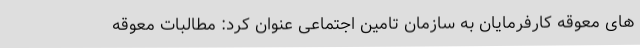
های معوقه کارفرمایان به سازمان تامین اجتماعی عنوان کرد: مطالبات معوقه